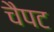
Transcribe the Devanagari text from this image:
चैपट